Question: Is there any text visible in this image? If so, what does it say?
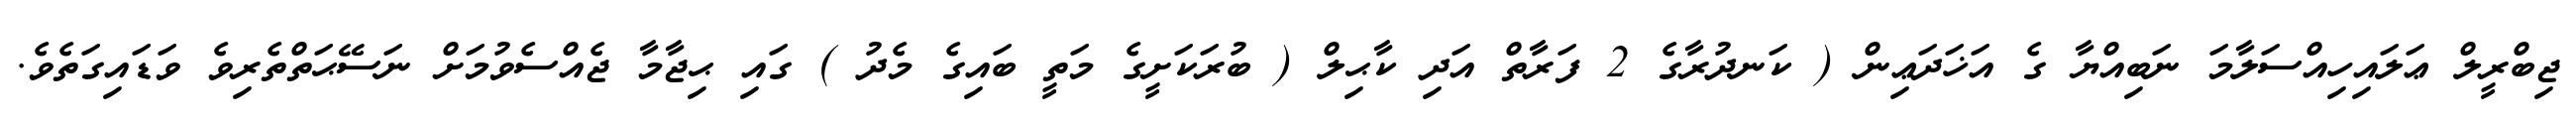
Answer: ޖިބްރީލް ޢަލައިހިއްސަލާމަ ނަބިއްޔާ ގެ އަޚަދަޢިން ( ކަނދުރާގެ 2 ފަރާތް އަދި ކާޙިލް ( ބުރަކަށީގެ މަތީ ބައިގެ މެދު ) ގައި ޙިޖާމާ ޖެއްސެވުމަށް ނަސޭޙަތްތެރިވެ ވަޑައިގަތެވެ.